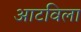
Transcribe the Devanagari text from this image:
आटविला